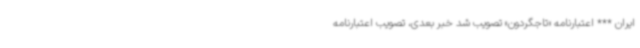
ایران *** اعتبارنامه «تاجگردون» تصویب شد خبر بعدی، تصویب اعتبارنامه